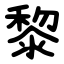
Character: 黎